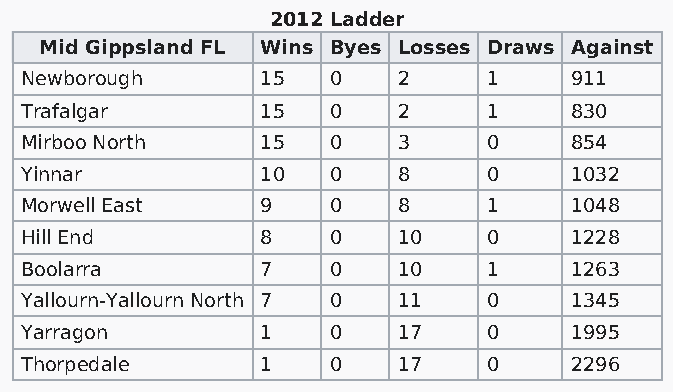
2012 Ladder
 Mid Gippsland FL Wins Byes Losses Draws Against
 Newborough      15   0   2     1     911
 Trafalgar       15   0   2     1     830
 Mirboo North    15   0   3     0     854
 Yinnar          10   0   8     0     1032
 Morwell East    9    0   8     1     1048
 Hill End        8    0   10    0     1228
 Boolarra        7    0   10    1     1263
 Yallourn-Yallourn North 7 0 11 0     1345
 Yarragon        1    0   17    0     1995
 Thorpedale      1    0   17    0     2296